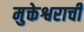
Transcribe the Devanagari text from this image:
मुक्तेश्वराची